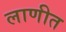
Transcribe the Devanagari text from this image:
लाणीत